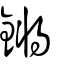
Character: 鏘